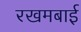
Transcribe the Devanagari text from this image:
रखमबाई